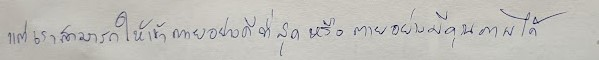
แต่เราสามารถช่วยให้เขาตายอย่างดีที่สุดหรือตายอย่างมีคุณภาพได้